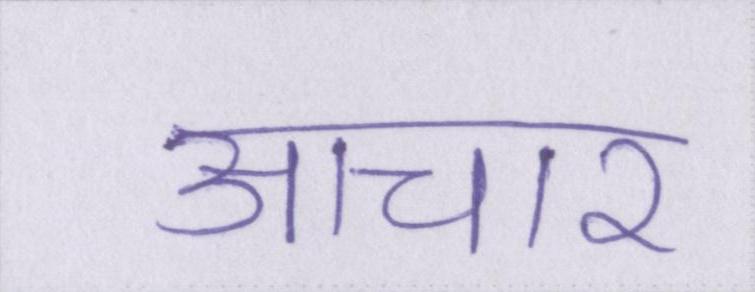
आचार